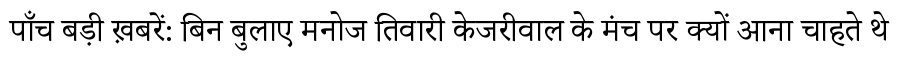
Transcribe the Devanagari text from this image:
पाँच बड़ी ख़बरें: बिन बुलाए मनोज तिवारी केजरीवाल के मंच पर क्यों आना चाहते थे